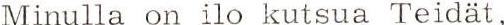
Minulla on ilo kutsua Teidät,